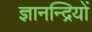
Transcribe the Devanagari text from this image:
ज्ञानन्द्रियों